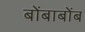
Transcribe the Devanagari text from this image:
बोंबाबोंब